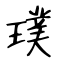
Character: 璞